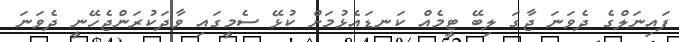
ފައިނަލްގެ ދެވަނަ ޖާގަ ލިބޭ ޓީމެއް ކަނޑައެޅުމަށް ކުޅޭ ސެމީގައި ވާދަކުރަންޖެހޭނީ ދެވަނަ